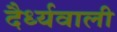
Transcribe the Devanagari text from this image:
दैर्ध्यवाली